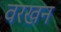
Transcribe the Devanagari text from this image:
वरखन